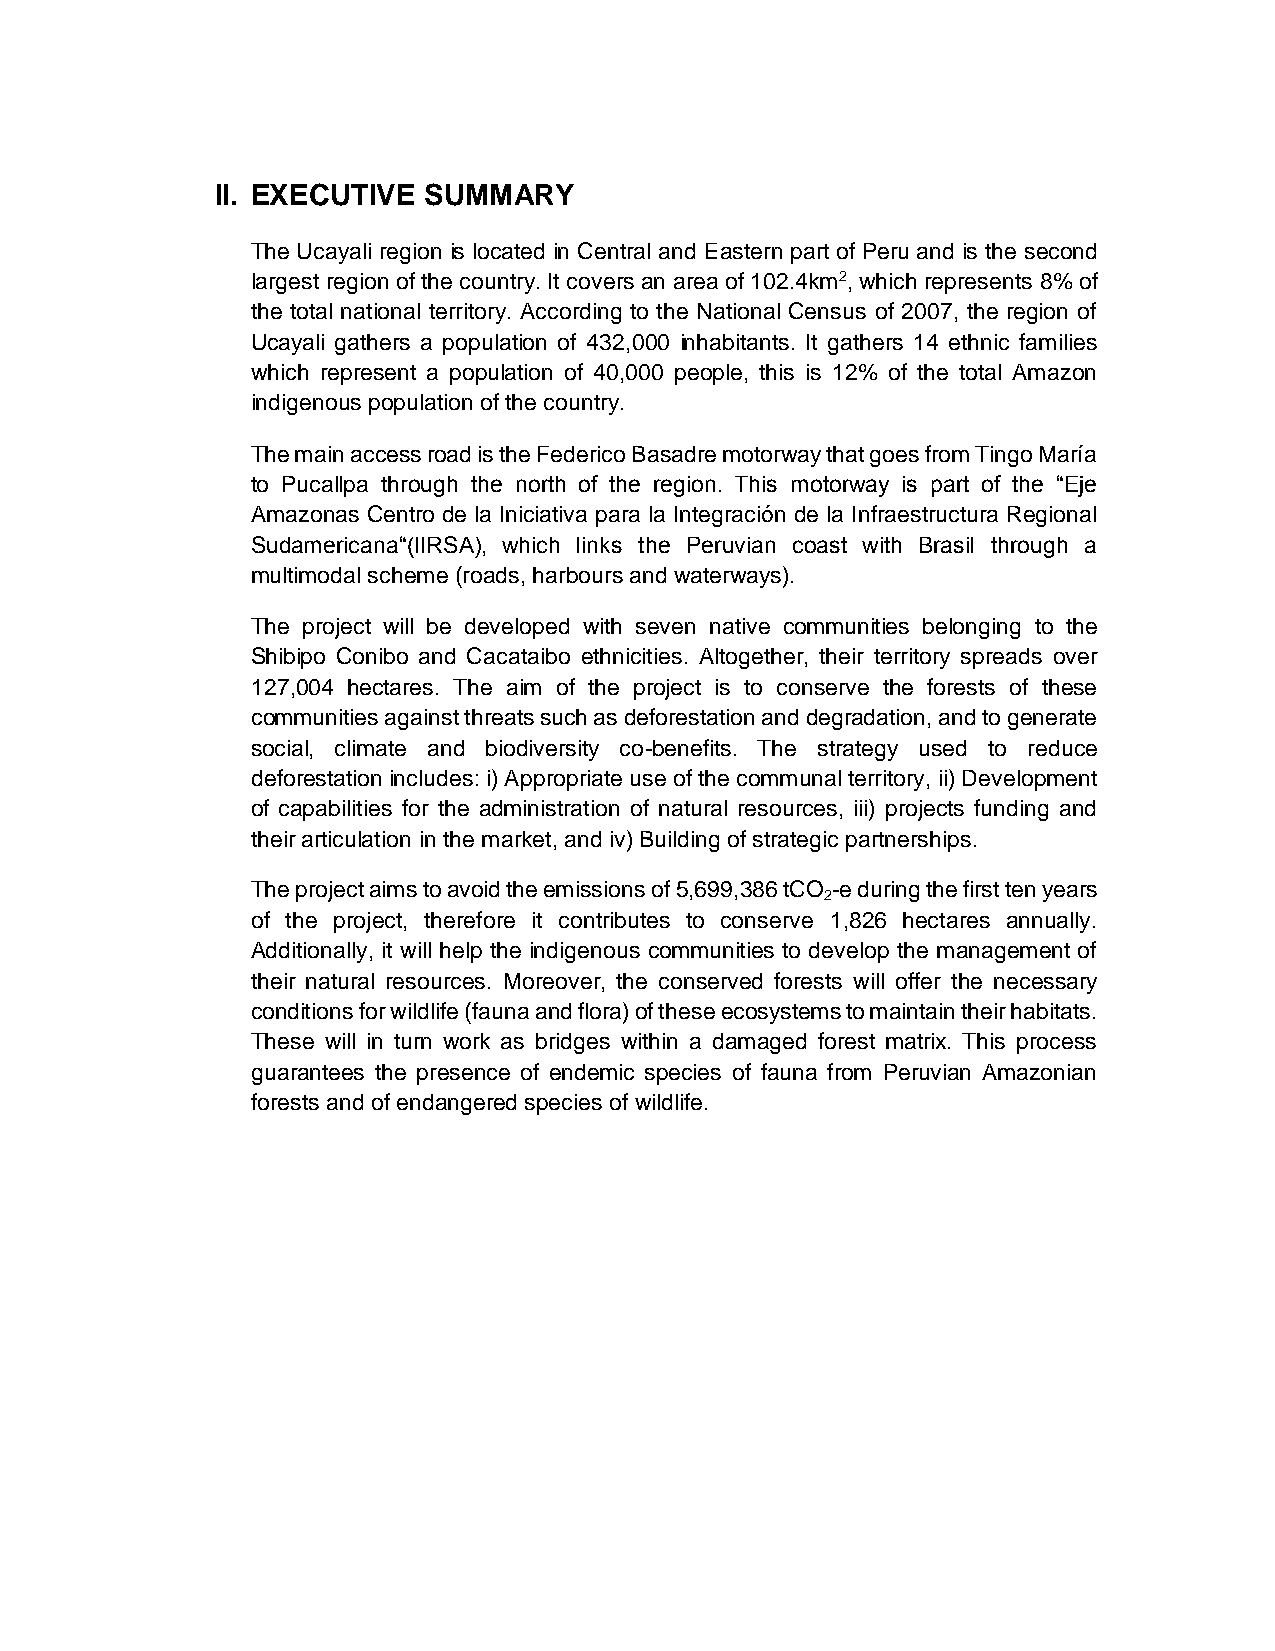
II. EXECUTIVE SUMMARY
 The Ucayali region is located in Central and Eastern part of Peru and is the second
 largest region of the country. It covers an area of 102.4km2, which represents 8% of
 the total national territory. According to the National Census of 2007, the region of
 Ucayali gathers a population of 432,000 inhabitants. It gathers 14 ethnic families
 which represent a population of 40,000 people, this is 12% of the total Amazon
 indigenous population of the country.
 The main access road is the Federico Basadre motorway that goes from Tingo María
 to Pucallpa through the north of the region. This motorway is part of the “Eje
 Amazonas Centro de la Iniciativa para la Integración de la Infraestructura Regional
 Sudamericana“(IIRSA), which links the Peruvian coast with Brasil through a
 multimodal scheme (roads, harbours and waterways).
 The project will be developed with seven native communities belonging to the
 Shibipo Conibo and Cacataibo ethnicities. Altogether, their territory spreads over
 127,004 hectares. The aim of the project is to conserve the forests of these
 communities against threats such as deforestation and degradation, and to generate
 social, climate and biodiversity co-benefits. The strategy used to reduce
 deforestation includes: i) Appropriate use of the communal territory, ii) Development
 of capabilities for the administration of natural resources, iii) projects funding and
 their articulation in the market, and iv) Building of strategic partnerships.
 The project aims to avoid the emissions of 5,699,386 tCO -e during the first ten years
 2
 of the project, therefore it contributes to conserve 1,826 hectares annually.
 Additionally, it will help the indigenous communities to develop the management of
 their natural resources. Moreover, the conserved forests will offer the necessary
 conditions for wildlife (fauna and flora) of these ecosystems to maintain their habitats.
 These will in turn work as bridges within a damaged forest matrix. This process
 guarantees the presence of endemic species of fauna from Peruvian Amazonian
 forests and of endangered species of wildlife.